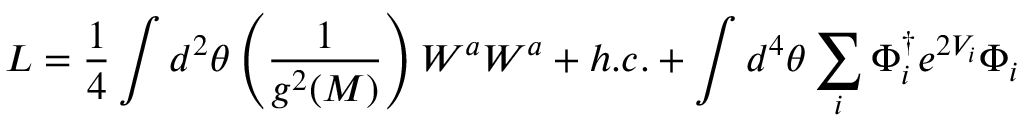
L = { \frac { 1 } { 4 } } \int d ^ { 2 } \theta \left( { \frac { 1 } { g ^ { 2 } ( M ) } } \right) W ^ { a } W ^ { a } + h . c . + \int d ^ { 4 } \theta \sum _ { i } \Phi _ { i } ^ { \dagger } e ^ { 2 V _ { i } } \Phi _ { i }